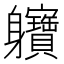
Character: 軉